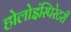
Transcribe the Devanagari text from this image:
होलोइंस्पिरेटरी